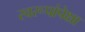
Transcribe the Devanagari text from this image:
स्वरूपांपेक्षा